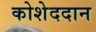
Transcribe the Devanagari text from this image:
कोशेददान